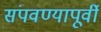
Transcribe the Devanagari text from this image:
संपवण्यापूर्वी